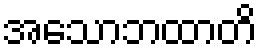
အသောဘထာတိ